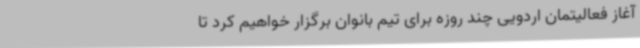
آغاز فعالیتمان اردویی چند روزه برای تیم بانوان برگزار خواهیم کرد تا